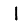
Digit: 1